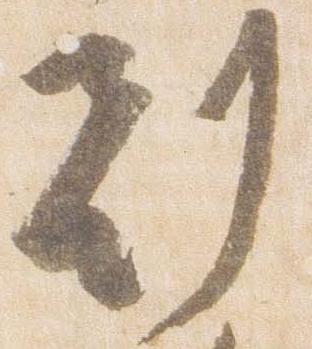
刻